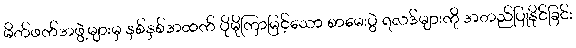
မိတ်ဖက်အဖွဲ့များမှ နှစ်နှစ်အထက် ပိုမိုကြာမြင့်သော စာမေးပွဲ ရလဒ်များကို အတည်ပြုနိုင်ခြင်း